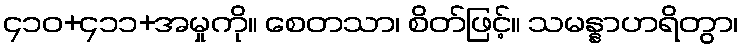
၄၁၀+၄၁၁+အမှုကို။ စေတသာ၊ စိတ်ဖြင့်။ သမန္နာဟရိတွာ၊